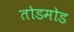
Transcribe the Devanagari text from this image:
तोडमोड